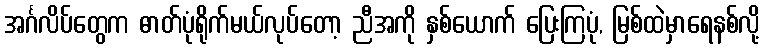
အင်္ဂလိပ်တွေက ဓာတ်ပုံရိုက်မယ်လုပ်တော့ ညီအကို နှစ်ယောက် ပြေးကြပုံ, မြစ်ထဲမှာရေနစ်လို့